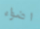
اضواء